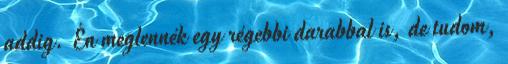
addig. Én meglennék egy régebbi darabbal is, de tudom,